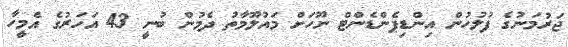
ޖަރުމަނުގެ ފުލުހުން އިންޑިޕެންޑެންޓް ނޫހަށް މައުލޫމާތު ދެމުން ބުނީ 43 އަހަރުގެ އެމީހާ